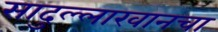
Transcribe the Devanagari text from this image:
सादुल्लाखानचा